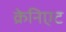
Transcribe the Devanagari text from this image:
क्रेनिएट